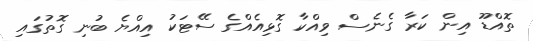
ތޮއްޑޫ އިން ކަރާ ގެނެސް ވިއްކާ ގޮޅިއެއްގެ ސޭޓަކު އިއްޔެ ބުނި ގޮތުގައި